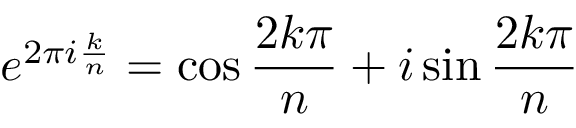
e ^ { 2 \pi i { \frac { k } { n } } } = \cos { \frac { 2 k \pi } { n } } + i \sin { \frac { 2 k \pi } { n } }